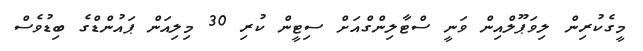
މީގެކުރިން ލިވަޕޫލްއިން ވަނީ ސްޓާލިންގްއަށް ސިޓީން ކުރި 30 މިލިއަން ޕައުންޑްގެ ބިޑުވެސް